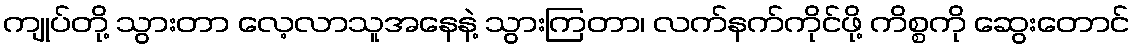
ကျုပ်တို့ သွားတာ လေ့လာသူအနေနဲ့ သွားကြတာ၊ လက်နက်ကိုင်ဖို့ ကိစ္စကို ဆွေးတောင်